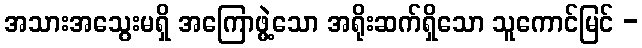
အသားအသွေးမရှိ အကြောဖွဲ့သော အရိုးဆက်ရှိသော သူကောင်မြင် -